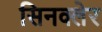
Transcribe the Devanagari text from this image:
सिनक्लेर